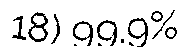
18) 99.9%